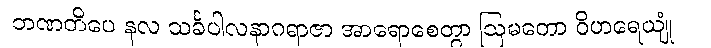
ဘဏတိပေ နလ သင်္ခပါလနာဂရာဇာ အာရောစေတွာ ဩမတော ဝိဟရေယျုံ